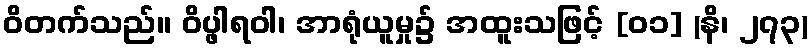
ဝိတက်သည်။ ဝိပ္ဖါရဝါ၊ အာရုံယူမှု၌ အထူးသဖြင့် [၀၁] (နိ၊ ၂၇၃)